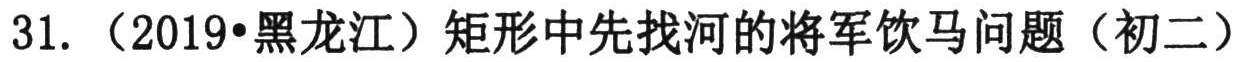
31. （2019•黑龙江）矩形中先找河的将军饮马问题（初二）